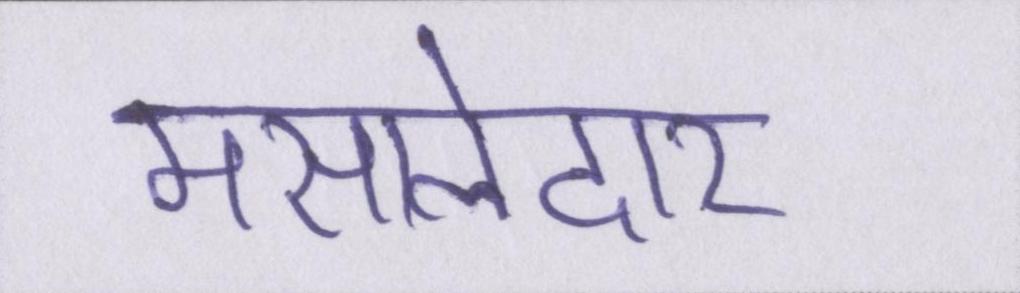
मसालेदार